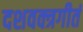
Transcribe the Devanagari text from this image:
दशवक्त्रगीतं